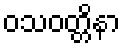
ဝသဝတ္တိနာ